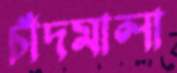
চাঁদমালা